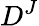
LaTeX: D^{J}